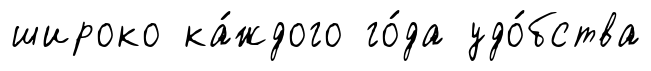
широко ка́ждого го́да удо́бства